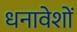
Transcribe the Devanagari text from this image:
धनावेशों